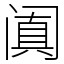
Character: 阗